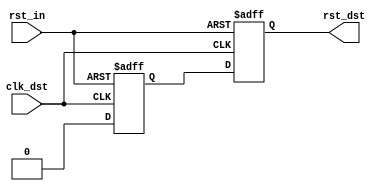
module reset_bridge (
  input            clk_dst,      // Destination clock
  input            rst_in,       // Asynchronous reset signal
  output reg       rst_dst       // Synchronized reset signal
);


//***************************************************************************
// Register declarations
//***************************************************************************

  reg           rst_meta;        // After sampling the async rst, this has
                                 // a high probability of being metastable.
                                 // The second sampling (rst_dst) has
                                 // a much lower probability of being
                                 // metastable

//***************************************************************************
// Code
//***************************************************************************

  always @(posedge clk_dst or posedge rst_in)
  begin
    if (rst_in)
    begin
      rst_meta <= 1'b1;
      rst_dst  <= 1'b1;
    end
    else // if !rst_dst
    begin
      rst_meta <= 1'b0;
      rst_dst  <= rst_meta;
    end // if rst
  end // always

endmodule